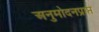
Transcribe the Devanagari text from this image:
अनुमोदनप्राप्त